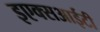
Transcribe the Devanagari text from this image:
इएक्सआईटी